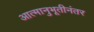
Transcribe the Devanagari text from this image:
आत्मानुभूतीनंतर